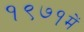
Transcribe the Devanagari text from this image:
१९७१में